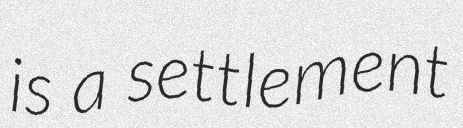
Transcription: is a settlement